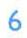
6